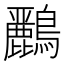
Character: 𪇾